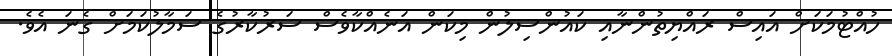
ހުއްޓުމަކަށް އައިސް ރައްޔިތުންނާއި ކައުންސިލުން މިކަން އަނެއްކާވެސް ސަރުކާރުގެ ސަމާލުކަމަށް ގެނަ އެވެ.